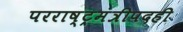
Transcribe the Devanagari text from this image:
परराष्ट्रमंत्रीपदही